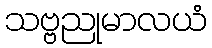
သဗ္ဗညုမာလယံ